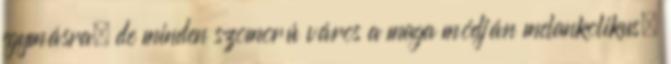
egymásra, de minden szomorú város a maga módján melankolikus.